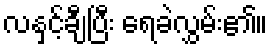
လနှင့်ချီပြီး ရေခဲလွှမ်း၏။